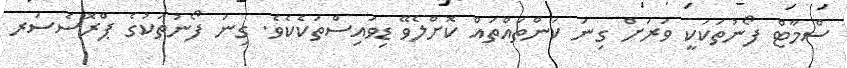
ސްމާޓް ފޯނުތަކަކީ ވަރަށް ގިނަ ކަންތައްތައް ކޮށްލެވޭ ޑިވައިސްތަކެކެވެ. ގިނަ ފޯނުތަކުގެ ޕްރޮސެސަރ